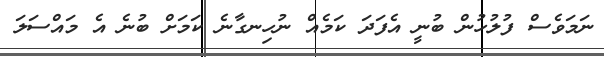
ނަމަވެސް ފުލުހުން ބުނީ އެފަދަ ކަމެއް ނުހިނގާނެ ކަމަށް ބުނެ އެ މައްސަލަ